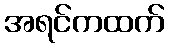
အရင်ကထက်